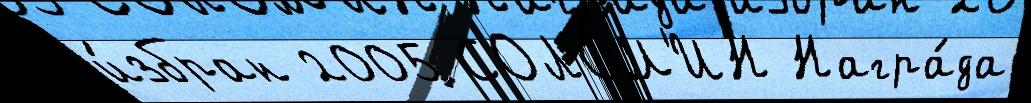
и́збран 2005 СОЛО́М'ИН Награ́да